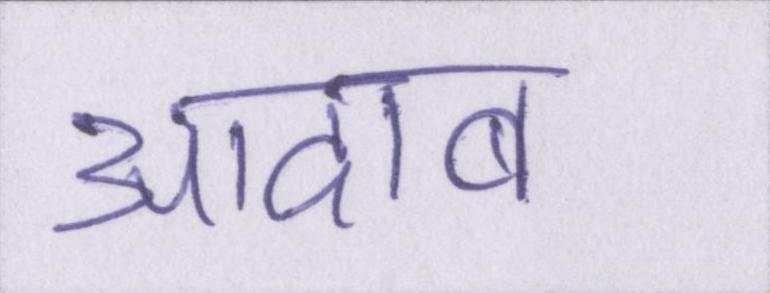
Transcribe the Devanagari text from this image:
आदाब